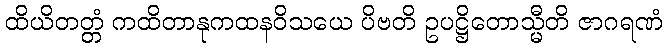
ထိယိတတ္တံ ကထိတာနုကထနဝိသယေ ပိဗတိ ဥပဋ္ဌိတောသ္မီတိ ဇာဂရဏံ